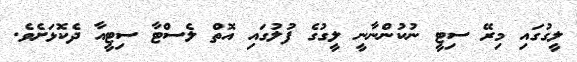
ލީގުގައި މިރޭ ސިޓީ ނުުކުންނާނީ ލީގުގެ ފުުލުގައި އޮތް ލެސްޓާ ސިޓީއާ ދެކޮޅަށެވެ.